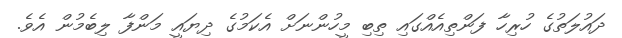
ދައުލަތުގެ ހުރިހާ ފަންތިއެއްގައި ތިބި މީހުންނަށް އެކަމުގެ ދިޔައީ މަންފާ ލިބެމުން އެވެ.